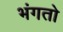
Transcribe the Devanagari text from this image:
भंगतो